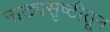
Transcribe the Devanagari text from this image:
नाट्यसृष्टीतून